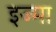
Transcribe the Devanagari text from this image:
इज्मा